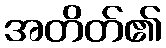
အတိတ်၏